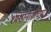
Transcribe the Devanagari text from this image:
श्मशानाग्नीच्या